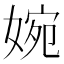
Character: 婉